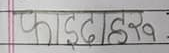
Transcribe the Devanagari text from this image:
फाइदाहरू